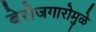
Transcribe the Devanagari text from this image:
बेरोजगारोमुळे